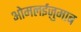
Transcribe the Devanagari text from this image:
ओमलईज़ुमाब